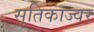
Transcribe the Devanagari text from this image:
सूतिकाज्वर